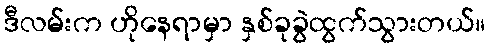
ဒီလမ်းက ဟိုနေရာမှာ နှစ်ခုခွဲထွက်သွားတယ်။